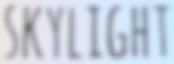
SKYLIGHT